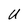
Character: U